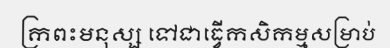
ក្រពះមនុស្ស ទៅជាធ្វើកសិកម្មសម្រាប់